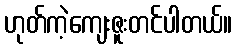
ဟုတ်ကဲ့ကျေးဇူးတင်ပါတယ်။